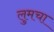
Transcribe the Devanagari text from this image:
लुमचा